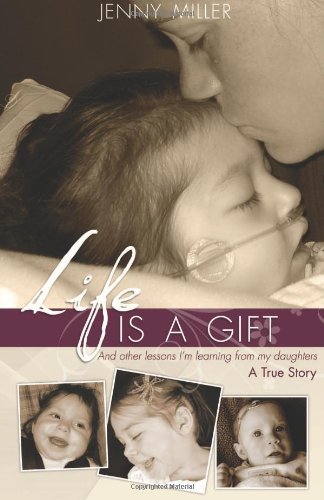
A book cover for Life is a Gift: And Other Lessons I'm Learning From My Daughters - A True Story; Jenny Miller; Health, Fitness & Dieting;